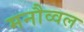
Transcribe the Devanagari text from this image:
मनौव्वल